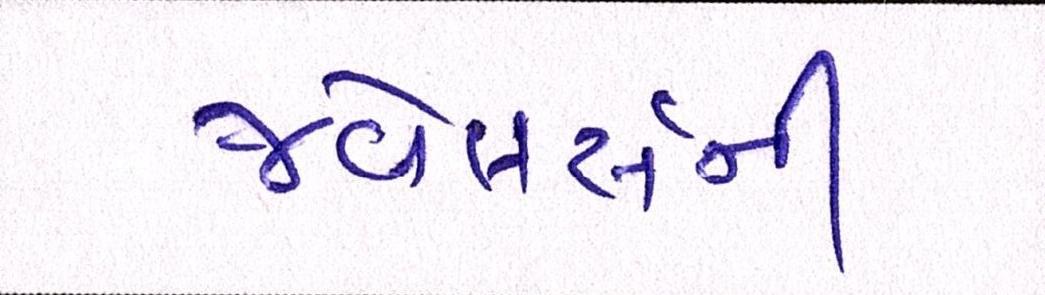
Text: જ્વેલર્સની